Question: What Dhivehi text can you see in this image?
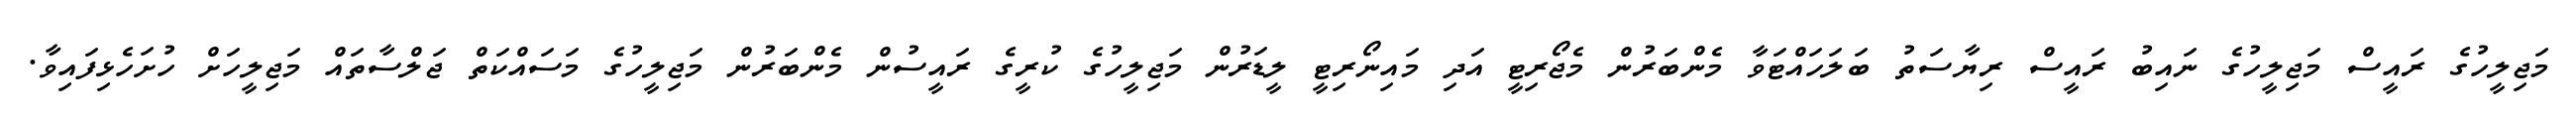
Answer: މަޖިލީހުގެ ރައީސް މަޖިލީހުގެ ނައިބު ރައީސް ރިޔާސަތު ބަލަހައްޓަވާ މެންބަރުން މެޖޯރިޓީ އަދި މައިނޯރިޓީ ލީޑަރުން މަޖިލީހުގެ ކުރީގެ ރައީސުން މެންބަރުން މަޖިލީހުގެ މަސައްކަތް ޖަލްސާތައް މަޖިލީހަށް ހުށަހެޅިފައިވާ.